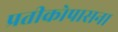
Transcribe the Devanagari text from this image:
प्रतीकोपासना